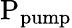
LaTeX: \mathrm{P_{pump}}